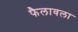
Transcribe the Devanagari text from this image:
फैलावला